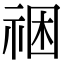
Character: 祵